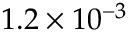
1 . 2 \times 1 0 ^ { - 3 }